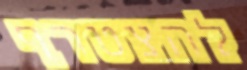
להצטרף